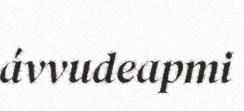
ávvudeapmi